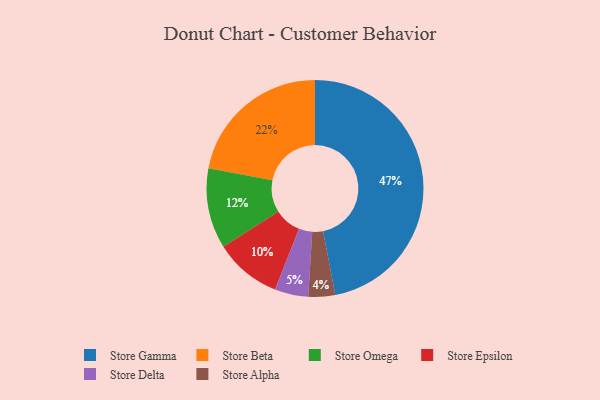
{"axis": {"x": "Category", "y": "Percentage"}, "legend": ["Store Alpha", "Store Beta", "Store Delta", "Store Epsilon", "Store Gamma", "Store Omega"], "data": [{"x": "Store Gamma", "y": 47, "type": "Store Gamma"}, {"x": "Store Beta", "y": 22, "type": "Store Beta"}, {"x": "Store Omega", "y": 12, "type": "Store Omega"}, {"x": "Store Delta", "y": 5, "type": "Store Delta"}, {"x": "Store Epsilon", "y": 10, "type": "Store Epsilon"}, {"x": "Store Alpha", "y": 4, "type": "Store Alpha"}]}